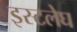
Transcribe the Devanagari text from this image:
इस्टलेघ